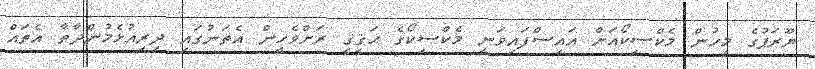
ޔޫރަޕުގެ މީހުން މެކްސިކޯއަށް އައިސްފައިވަނީ މެކްސިކޯގެ ޙަޤީޤީ ރަށްވެހީން އެތަނުގައި ދިރިއުޅެމުންދާތާ އެތައް